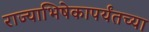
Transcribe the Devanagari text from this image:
राज्याभिषेकापर्यंतच्या